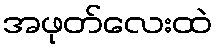
အဖုတ်လေးထဲ